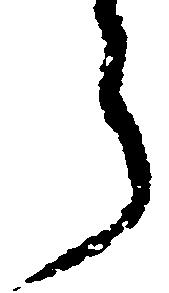
ら